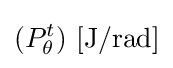
(P_{\theta }^{t})\ \mathrm {[J/rad]}